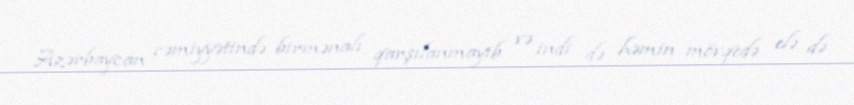
Azərbaycan cəmiyyətində birmənalı qarşılanmayıb və indi də həmin mövqedə elə də